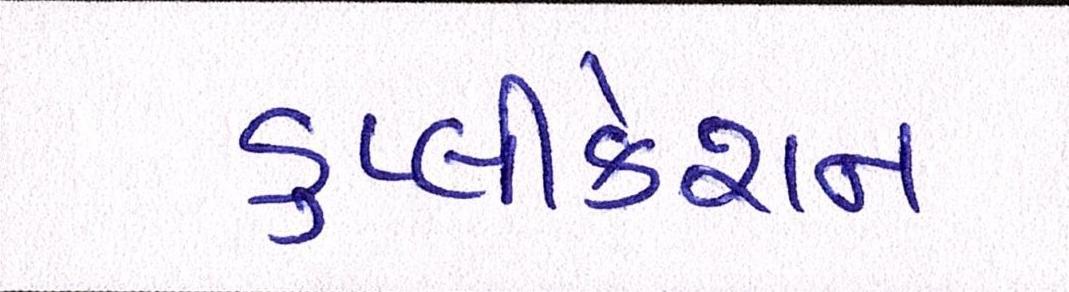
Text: ડુપ્લીકેશન